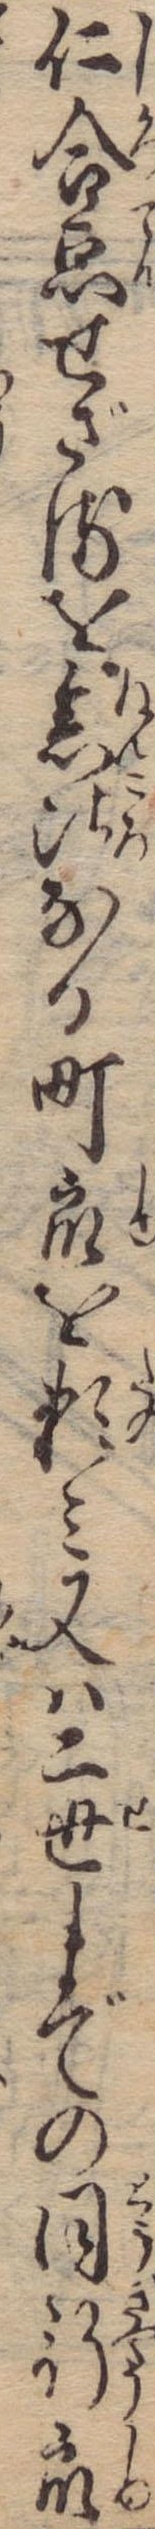
仁合点せざるを念比なる町衆を頼み又は二世までの同行衆